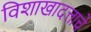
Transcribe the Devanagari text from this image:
विशाखादत्ताचे